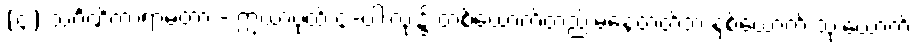
(၄) သင်္ဂဏိကာရာမတာ - ဣယာပုထ် ၄-ပါးလုံး၌ တစ်ယောက်တည်းမနေတတ်ဘဲ နှစ်ယောက် သုံးယောက်